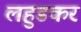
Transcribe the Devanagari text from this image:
लहुडकर